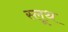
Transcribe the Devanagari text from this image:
स्लूथ